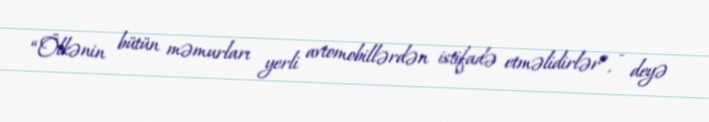
“Ölkənin bütün məmurları yerli avtomobillərdən istifadə etməlidirlər”, - deyə